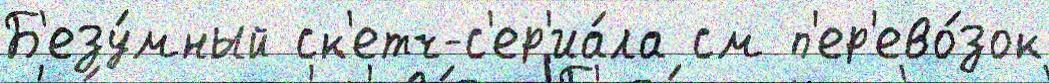
Б'езу́мный ск'етч-с'ер'иа́ла см п'ер'ево́зок